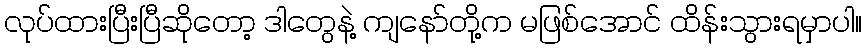
လုပ်ထားပြီးပြီဆိုတော့ ဒါတွေနဲ့ ကျနော်တို့က မဖြစ်အောင် ထိန်းသွားရမှာပါ။